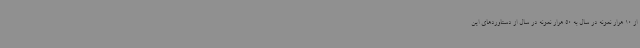
از 10 هزار نمونه در سال به 50 هزار نمونه در سال از دستاوردهای این